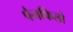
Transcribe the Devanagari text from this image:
पैनफिलो